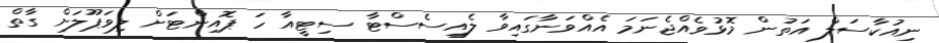
ނިއުކާސަލް އަތުން މޮޅުވެއްޖެނަމަ އެއްވަނާގައިވާ ލެއިސެސްޓާ ސިޓީއާ ހަ ޕޮއިންޓަށް ލިވަޕޫލަށް ގާތް